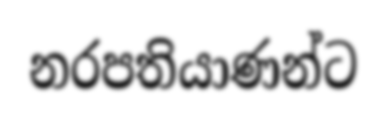
නරපතියාණන්ට